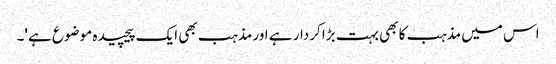
اس میں مذہب کا بھی بہت بڑا کردار ہے اور مذہب بھی ایک پیچیدہ موضوع ہے'۔